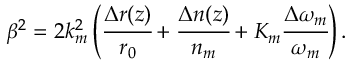
\beta ^ { 2 } = 2 k _ { m } ^ { 2 } \left( \cfrac { \Delta r ( z ) } { r _ { 0 } } + \cfrac { \Delta n ( z ) } { n _ { m } } + K _ { m } \cfrac { \Delta \omega _ { m } } { \omega _ { m } } \right) .